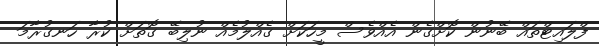
ފްލައިޓްތައް ބޭނުން ކޮށްގެން އެއްވެސް މީހަކަށް ގެއްލުމެއް ނުލިބޭ ގޮތަށް ކުރާ ހަނގުރާމަ